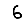
Digit: 6